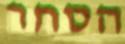
הסחר